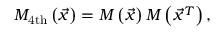
M _ { \mathrm { 4 t h } } \left( \vec { x } \right) = M \left( \vec { x } \right) M \left( \vec { x } ^ { T } \right) ,